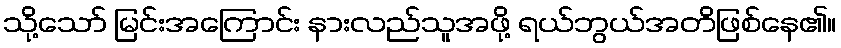
သို့သော် မြင်းအကြောင်း နားလည်သူအဖို့ ရယ်ဘွယ်အတိဖြစ်နေ၏။